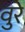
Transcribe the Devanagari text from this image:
वुरे